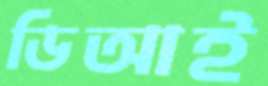
ডিআই